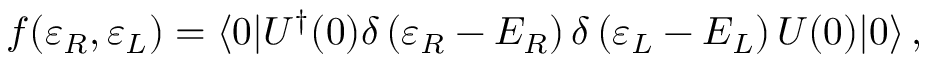
f ( \varepsilon _ { R } , \varepsilon _ { L } ) = \langle 0 | U ^ { \dagger } ( 0 ) \delta \left( \varepsilon _ { R } - { \cal E } _ { R } \right) \delta \left( \varepsilon _ { L } - { \cal E } _ { L } \right) U ( 0 ) | 0 \rangle \, ,